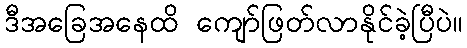
ဒီအခြေအနေထိ ကျော်ဖြတ်လာနိုင်ခဲ့ပြီပဲ။